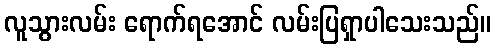
လူသွားလမ်း ရောက်ရအောင် လမ်းပြရှာပါသေးသည်။